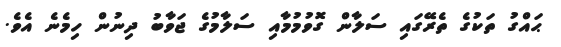
ޙައްގު ތަކުގެ ތެރޭގައި ސަލާން ގޮވުމުމާއި ސަލާމުގެ ޖަވާބު ދިނުން ހިމެނެ އެވެ.